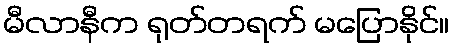
မီလာနီက ရုတ်တရက် မပြောနိုင်။